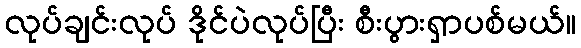
လုပ်ချင်းလုပ် ဒိုင်ပဲလုပ်ပြီး စီးပွားရှာပစ်မယ်။